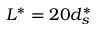
L ^ { * } = 2 0 d _ { s } ^ { * }